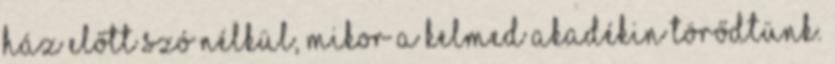
ház előtt szó nélkül, mikor a kelmed akadékin törődtünk.